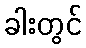
ခါးတွင်